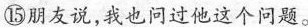
⑮朋友说，我也问过他这个问题。